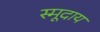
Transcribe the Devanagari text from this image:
स्मूदाय